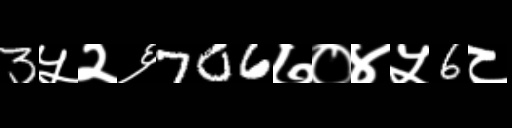
Text: 3५२६706७०४५6८